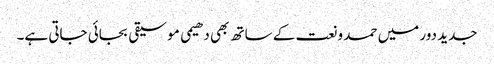
جدید دور میں حمد و نعت کے ساتھ بھی دھیمی موسیقی بجائی جاتی ہے۔